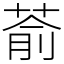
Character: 萮